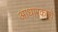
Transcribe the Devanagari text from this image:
आधारकाचे